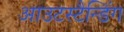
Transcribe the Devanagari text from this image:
आउटस्टैन्डिंग